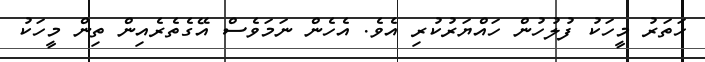
ހަތަރު މީހަކު ފުލުހުން ހައްޔަރުކުރި އެވެ. އެހެން ނަމަވެސް އޭގެތެރެއިން ތިން މީހަކު